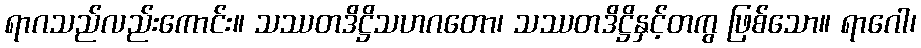
ရာဂသည်လည်းကောင်း။ သဿတဒိဋ္ဌိသဟဂတော၊ သဿတဒိဋ္ဌိနှင့်တကွ ဖြစ်သော။ ရာဂေါ၊